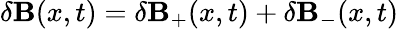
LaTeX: \delta{\mathbf B}(x,t)=\delta{\mathbf B}_{+}(x,t)+\delta{\mathbf B}_{-}(x,t)